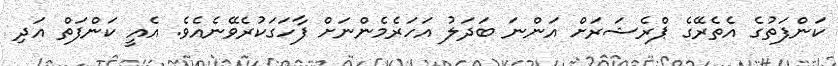
ކަންފަތުގެ އެތެރޭގެ ޕްރެޝަރަށް އަންނަ ބަދަލު އަހަރެމެންނަށް ފާހަގަކުރެވޭނެއެވެ. އެއީ ކަންފަތް އަދި